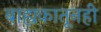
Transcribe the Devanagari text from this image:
बाह्यकातूनही